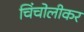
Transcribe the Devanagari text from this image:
चिंचोलीकर